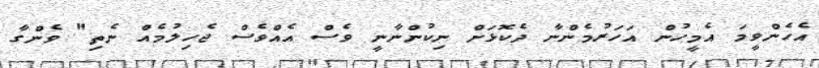
އެހެންވީމަ އެމީހުން އަހަރުމެންނާ ދެކޮޅަށް ނިކުންނާނީ ވެސް އެއްވެސް ޖެހިލުމެއް ނެތި" ވެންގާ